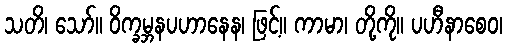
သတိ၊ သော်။ ဝိက္ခမ္ဘနပဟာနေန၊ ဖြင့်။ ကာမာ၊ တို့ကို။ ပဟီနာစေဝ၊